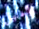
الدليل